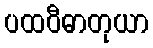
ပထဝီဓာတုယာ